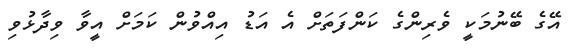
އޭގެ ބޭނުމަކީ ވެރިންގެ ކަންފަތަށް އެ އަޑު އިއްވުން ކަމަށް އީވާ ވިދާޅުވި